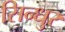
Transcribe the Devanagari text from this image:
सिन्‍धुर